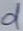
Text: d